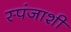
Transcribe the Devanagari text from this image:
स्पंजाशी